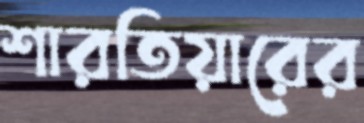
শারতিয়ারের